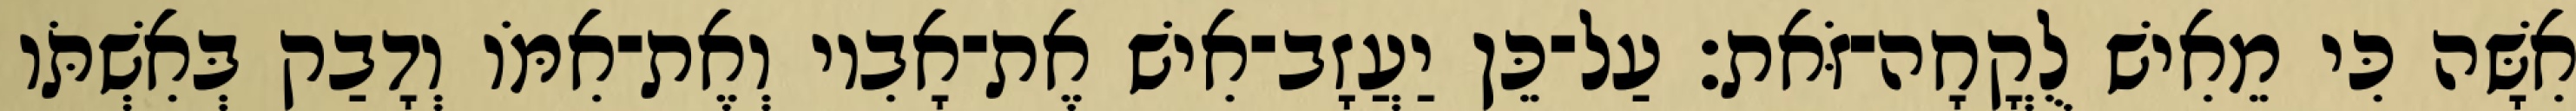
אִשָּׁה כִּי מֵאִישׁ לֻקֳחָה־זֹּאת׃ עַל־כֵּן יַעֲזָב־אִישׁ אֶת־אָבִיו וְאֶת־אִמֹּו וְדָבַק בְּאִשְׁתֹּו